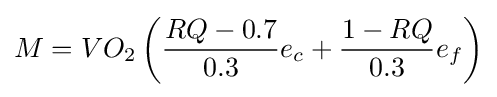
M=VO_{2}\left({\frac {RQ-0.7}{0.3}}e_{c}+{\frac {1-RQ}{0.3}}e_{f}\right)